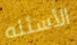
الأسئله